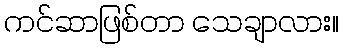
ကင်ဆာဖြစ်တာ သေချာလား။